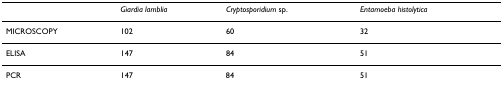
|  | Giardia lamblia | Cryptosporidium sp. | Entamoeba histolytica |
 | --- | --- | --- | --- |
 | MICROSCOPY | 102 | 60 | 32 |
 | ELISA | 147 | 84 | 51 |
 | PCR | 147 | 84 | 51 |